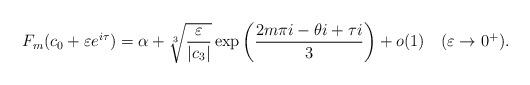
LaTeX: \begin{align*}F_{m}(c_{0}+\varepsilon e^{i\tau})=\alpha+\sqrt[3]{\frac{\varepsilon}{\left|c_{3}\right|}}\exp\left(\frac{2m\pi i-\theta i+\tau i}{3}\right)+o(1)\quad(\varepsilon\rightarrow0^{+}).\end{align*}